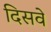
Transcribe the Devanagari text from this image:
दिसवे